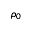
\rho _ { 0 }